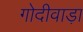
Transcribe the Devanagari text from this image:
गोदीवाड़ा